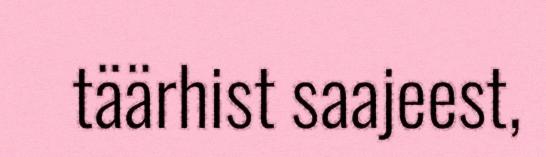
täärhist saajeest,